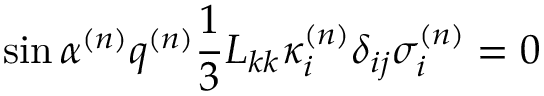
\sin \alpha ^ { ( n ) } q ^ { ( n ) } \frac { 1 } { 3 } L _ { k k } \kappa _ { i } ^ { ( n ) } \delta _ { i j } \sigma _ { i } ^ { ( n ) } = 0